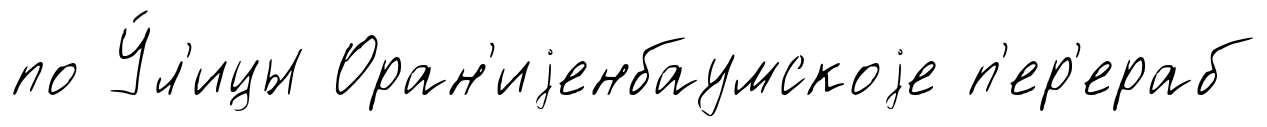
по У́л'ицы Оран'иjенбаумскоjе п'ер'ераб